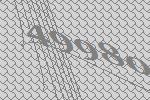
49980